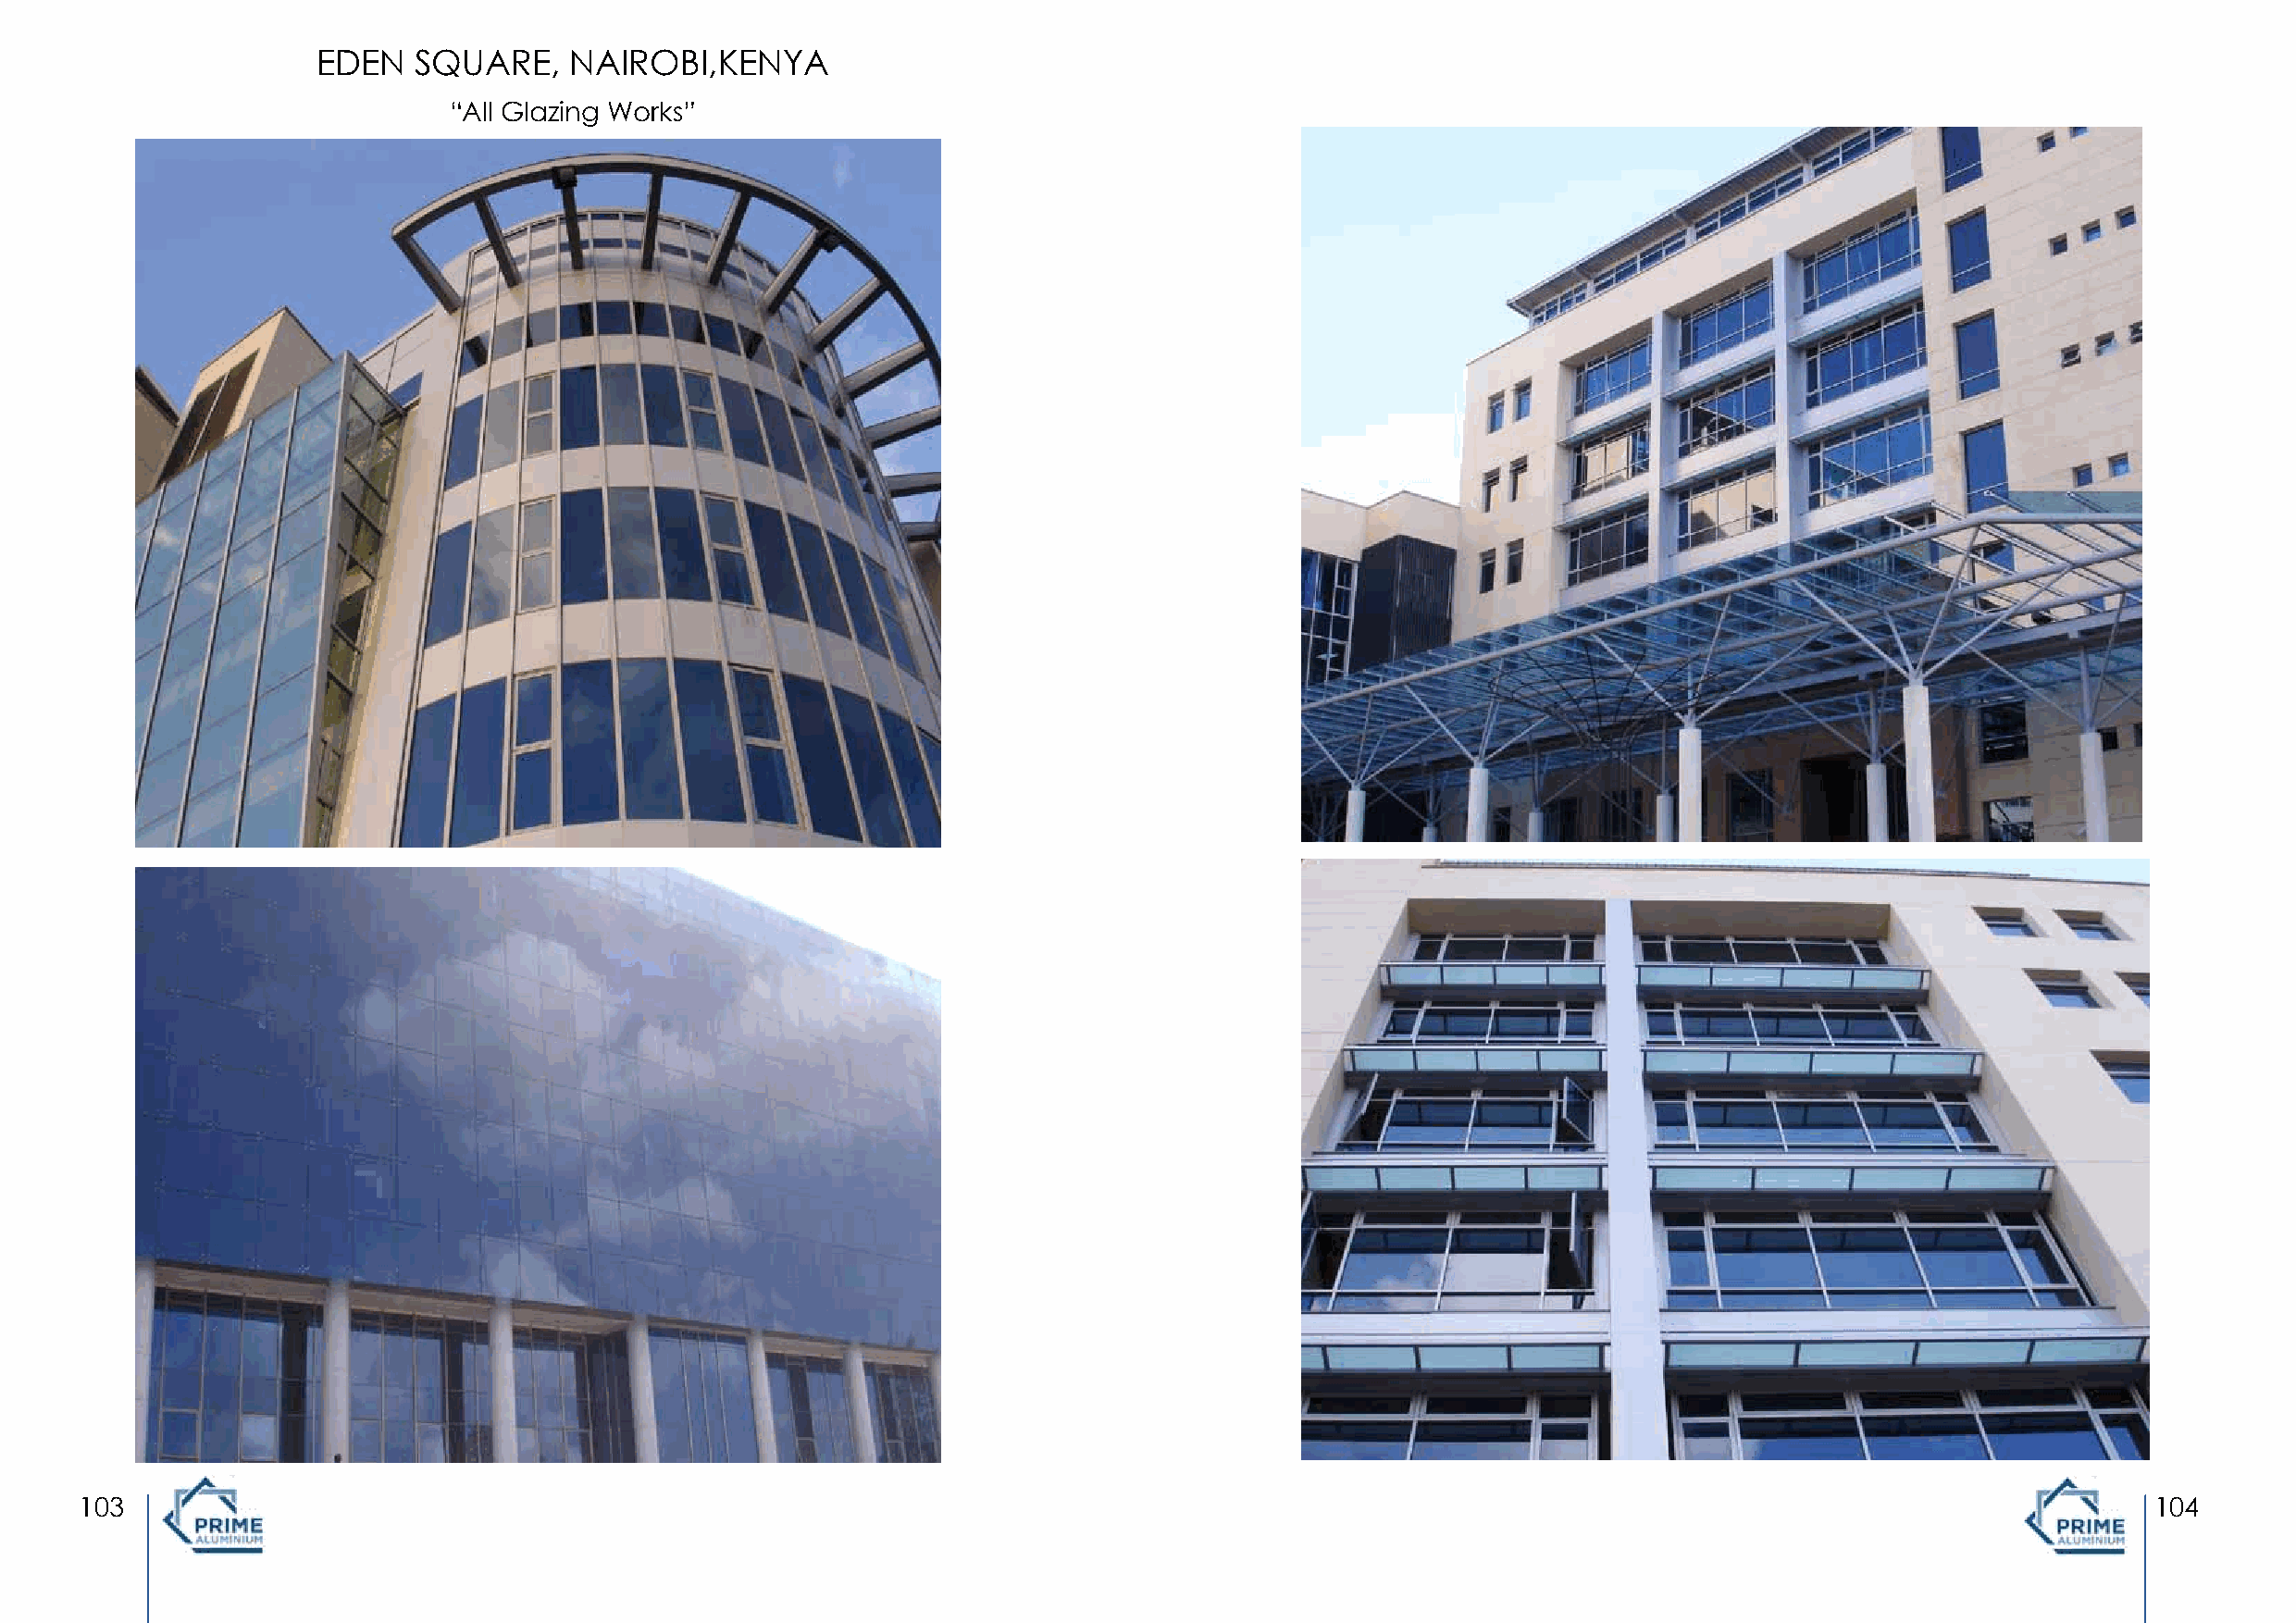
EDEN   SQUARE,    NAIROBI,KENYA
 “All Glazing Works”
 103                                                                                                                                                 104